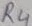
Text: R4